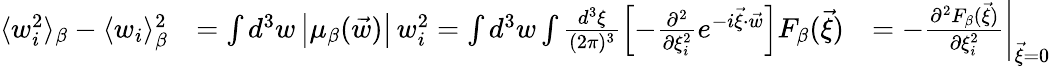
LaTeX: \begin{array}{rlr}{\langle w_{i}^{2}\rangle_{\beta}-\langle w_{i}\rangle_{\beta}^{2}}&{=\int d^{3}w\left|\mu_{\beta}(\vec{w})\right|\, w_{i}^{2}=\int d^{3}w\int\frac{d^{3}\xi}{(2\pi)^{3}}\left[-\frac{\partial^{2}}{\partial\xi_{i}^{2}}e^{-i\vec{\xi}\cdot\vec{w}}\right]F_{\beta}(\vec{\xi})}&{=-\left.\frac{\partial^{2}F_{\beta}(\vec{\xi})}{\partial\xi_{i}^{2}}\right|_{\vec{\xi}=0}}\end{array}